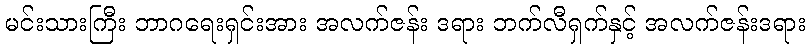
မင်းသားကြီး ဘာဂရေးရှင်းအား အလက်ဇန်း ဒရား ဘက်လီရှက်နှင့် အလက်ဇန်းဒရား